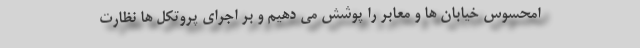
امحسوس خیابان ها و معابر را پوشش می دهیم و بر اجرای پروتکل ها نظارت